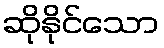
ဆိုနိုင်သော